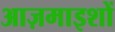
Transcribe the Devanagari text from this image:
आज़माइशों